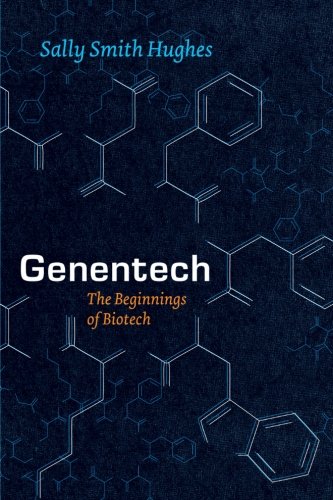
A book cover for Genentech: The Beginnings of Biotech (Synthesis); Sally Smith Hughes; Medical Books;